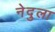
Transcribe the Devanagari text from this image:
नेदुला